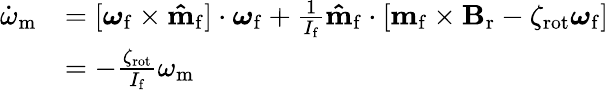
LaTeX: \begin{array}{rl}{\dot{\omega}_{\mathrm{m}}}&{=[\boldsymbol{\omega}_{\mathrm{f}}\times\mathbf{\hat{m}}_{\mathrm{f}}]\cdot\boldsymbol{\omega}_{\mathrm{f}}+\frac{1}{I_{\mathrm{f}}}\mathbf{\hat{m}}_{\mathrm{f}}\cdot[\mathbf{m}_{\mathrm{f}}\times\mathbf{B}_{\mathrm{r}}-\zeta_{\mathrm{rot}}\boldsymbol{\omega}_{\mathrm{f}}]}\\ &{=-\frac{\zeta_{\mathrm{rot}}}{I_{\mathrm{f}}}\omega_{\mathrm{m}}}\end{array}